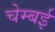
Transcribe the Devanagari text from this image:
चेम्बई